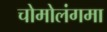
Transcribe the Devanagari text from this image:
चोमोलंगमा